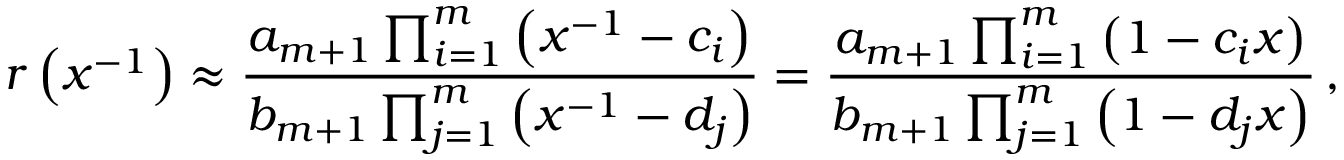
r \left( x ^ { - 1 } \right) \approx \frac { a _ { m + 1 } \prod _ { i = 1 } ^ { m } \left( x ^ { - 1 } - c _ { i } \right) } { b _ { m + 1 } \prod _ { j = 1 } ^ { m } \left( x ^ { - 1 } - d _ { j } \right) } = \frac { a _ { m + 1 } \prod _ { i = 1 } ^ { m } \left( 1 - c _ { i } x \right) } { b _ { m + 1 } \prod _ { j = 1 } ^ { m } \left( 1 - d _ { j } x \right) } \, ,